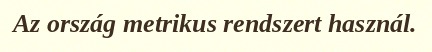
Az ország metrikus rendszert használ.